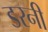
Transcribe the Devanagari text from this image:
डरनी